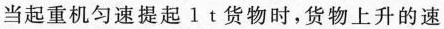
当起重机匀速提起 1 t 货物时，货物上升的速